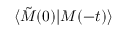
\langle \tilde { M } ( 0 ) \vert M ( - t ) \rangle